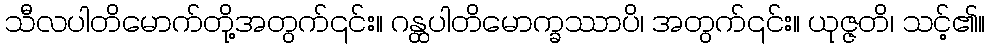
သီလပါတိမောက်တို့အတွက်၎င်း။ ဂန္ထပါတိမောက္ခဿာပိ၊ အတွက်၎င်း။ ယုဇ္ဇတိ၊ သင့်၏။